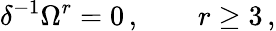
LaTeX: \delta^{-1}\Omega^{r}=0\, ,\qquad r\geq 3\, ,